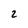
Character: 2